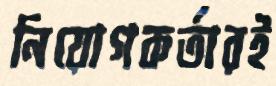
নিয়োগকর্তারই